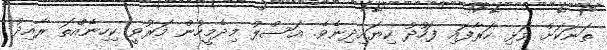
ތަނަކަށް ވަޅި ހަރާފައި ފަހުދު ކިޔައިދިނެވެ. އަސްލު މިދެމީހުން މަރުވީ ކިހިނެއްތަ ރާއިދު